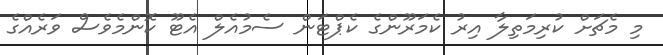
މި މެޗަށް ކުރިމަތިލާ އިރު ކެމަރޫންގެ ކެޕްޓަން ސެމުއެލް އެޓޫ ކޮންމެވެސް ވަރެއްގެ